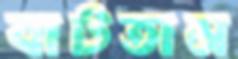
বাটতাম